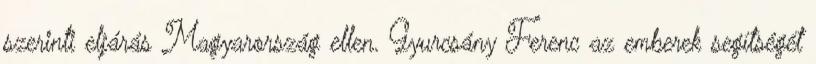
szerinti eljárás Magyarország ellen. Gyurcsány Ferenc az emberek segítségét